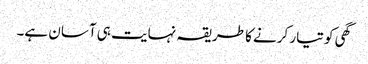
گھی کو تیار کرنے کا طریقہ نہایت ہی آسان ہے۔